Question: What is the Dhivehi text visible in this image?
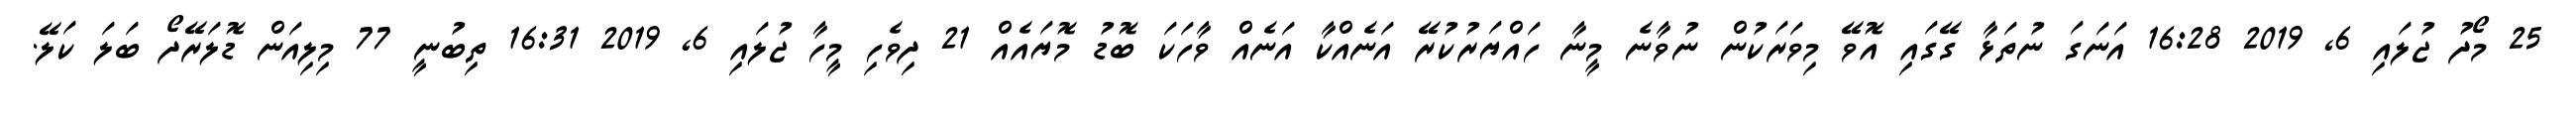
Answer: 25 މޯދު ޖުލައި 6, 2019 16:28 އަނަގަ ނުތަޅާ ގޭގައި އޮވޭ މިވަރަކުން ނުވާނެ މީނާ ހައްޔަރުކުރޭ އަނެއްކާ އަނެއް ވާހަކަ ބޮޑު މޮޔައެއް 21 ދިވެހި މީހާ ޖުލައި 6, 2019 16:31 ތިބުނީ 77 މިލިއަން ޑޮލަރޭދޯ ބަލަ ކަލޭ.